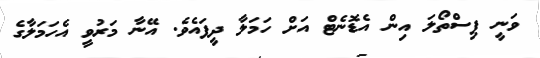
ވަނީ ފިސްތޯލަ އިން އެޑޮނެޓް އަށް ހަމަލާ ދީފައެވެ. އޭނާ މަރުވީ އެހަމަލާގެ